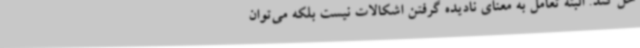
حل کند. البته تعامل به معنای نادیده گرفتن اشکالات نیست بلکه می‌توان